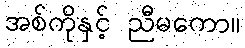
အစ်ကိုနှင့် ညီမကော။